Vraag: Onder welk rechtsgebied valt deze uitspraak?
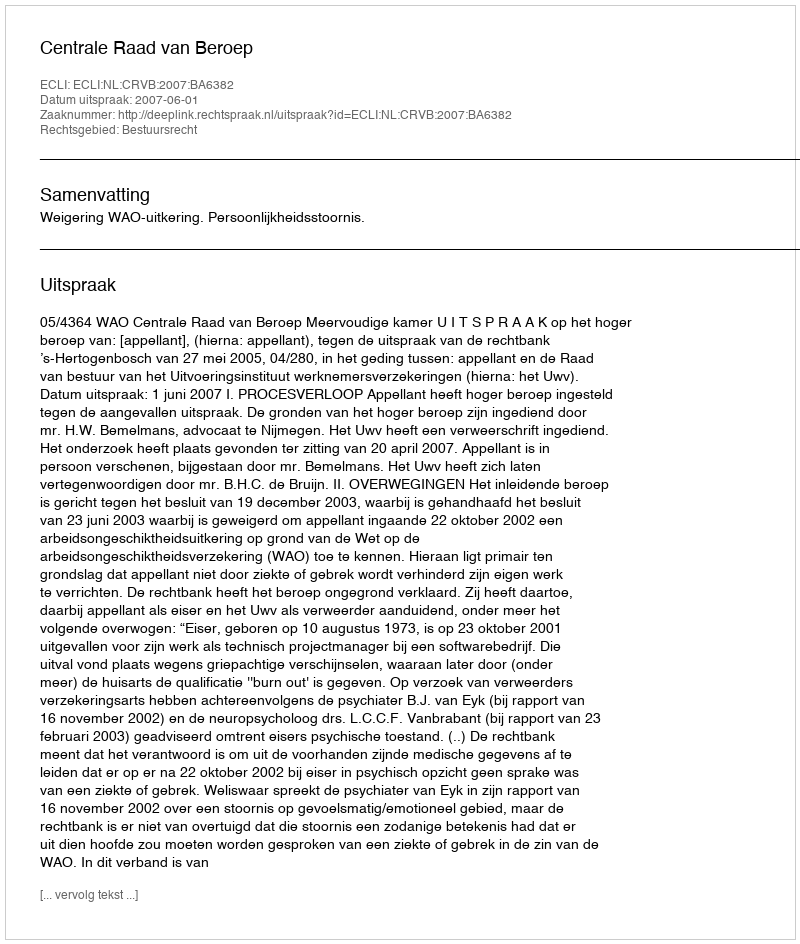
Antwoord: Bestuursrecht